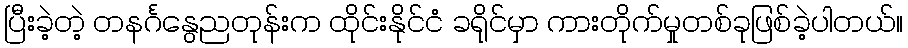
ပြီးခဲ့တဲ့ တနင်္ဂနွေညတုန်းက ထိုင်းနိုင်ငံ ခရိုင်မှာ ကားတိုက်မှုတစ်ခုဖြစ်ခဲ့ပါတယ်။